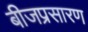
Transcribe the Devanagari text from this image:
बीजप्रसारण